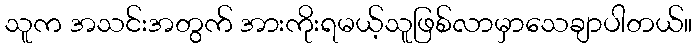
သူက အသင်းအတွက် အားကိုးရမယ့်သူဖြစ်လာမှာသေချာပါတယ်။